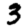
Digit: 3